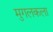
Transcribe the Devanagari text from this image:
मुगलकला